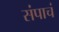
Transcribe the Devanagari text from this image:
संपाचं